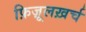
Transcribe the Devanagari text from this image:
फ़िज़ूलख़र्च